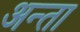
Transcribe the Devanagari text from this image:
अन्ता